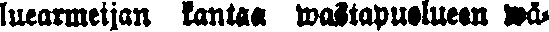
luearmeijan kantaa wastapuolueen wä-